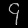
Digit: ၄